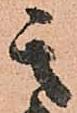
其